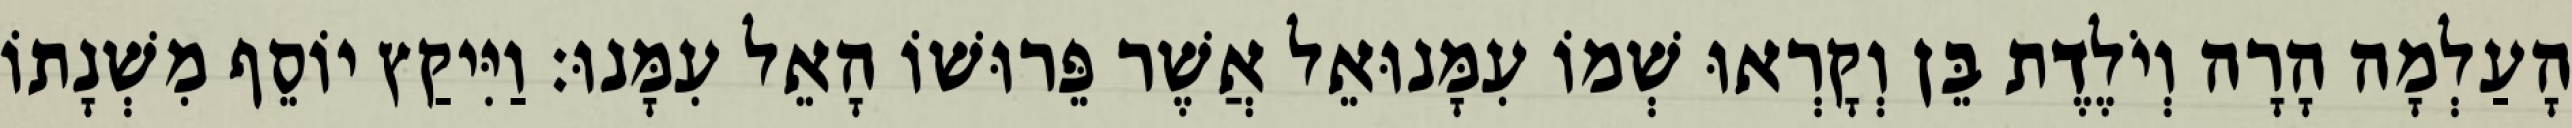
הָעַלְמָה הָרָה וְיֹלֶדֶת בֵּן וְקָרְאוּ שְׁמוֹ עִמָּנוּאֵל אֲשֶׁר פֵּרוּשׁוֹ הָאֵל עִמָּנוּ׃ וַיִּיקַץ יוֹסֵף מִשְׁנָתוֹ